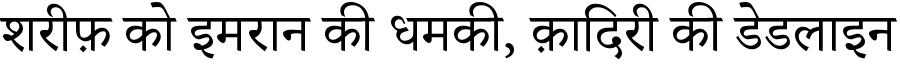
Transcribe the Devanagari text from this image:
शरीफ़ को इमरान की धमकी, क़ादिरी की डेडलाइन